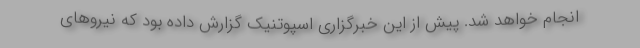
انجام خواهد شد. پیش از این خبرگزاری اسپوتنیک گزارش داده بود که نیروهای